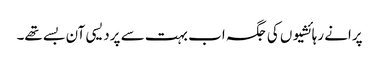
پرانے رہائشیوں کی جگہ اب بہت سے پردیسی آن بسے تھے۔